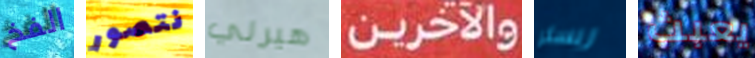
الفخ نتصور هيرلي والآخرين ريسلر يعبث